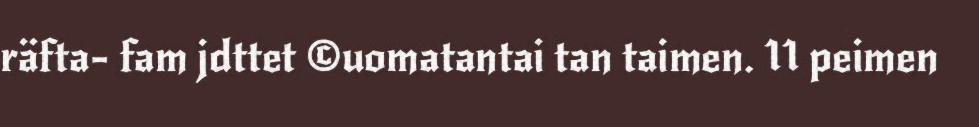
räfta- fam jdttet ©uomatantai tan taimen. 11 peimen